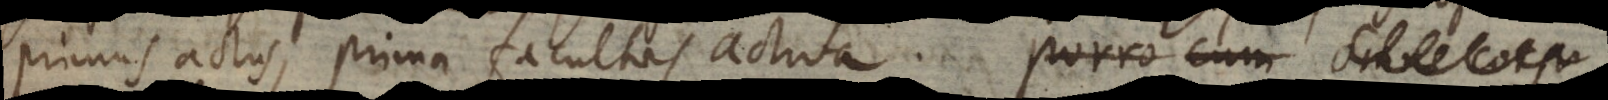
primus actus, prima facultas activa. Porro cum